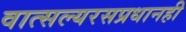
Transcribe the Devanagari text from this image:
वात्सल्यरसप्रधानही